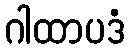
ဂါထာပဒံ